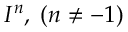
I ^ { n } , \; ( n \neq - 1 )